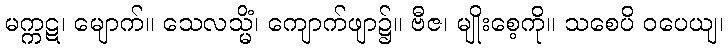
မက္ကဋ၊ မျောက်။ သေလသ္မိံ၊ ကျောက်ဖျာ၌။ ဗီဇ၊ မျိုးစေ့ကို။ သစေပိ ဝပေယျ၊